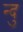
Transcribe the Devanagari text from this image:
न्दु